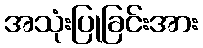
အသုံးပြုခြင်းအား